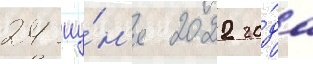
24 иу́н'я 2022 го́да